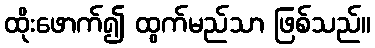
ထိုးဖောက်၍ ထွက်မည်သာ ဖြစ်သည်။